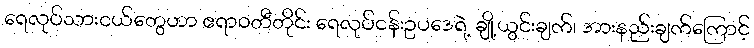
ရေလုပ်သားငယ်တွေဟာ ဧရာဝတီတိုင်း ရေလုပ်ငန်းဥပဒေရဲ့ ချို့ယွင်းချက်၊ အားနည်းချက်ကြောင့်